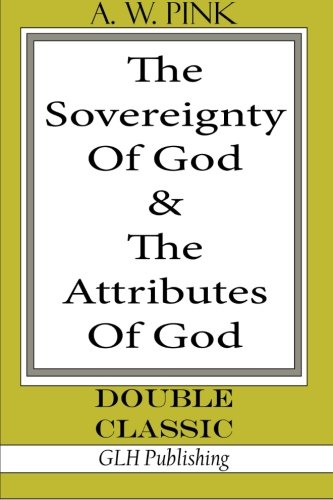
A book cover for The Sovereignty Of God &The Attributes Of God (Double Classic Series); A W. Pink; Christian Books & Bibles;